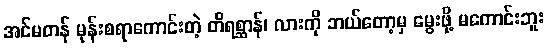
အင်မတန် မုန်းစရာကောင်းတဲ့ တိရစ္ဆာန်၊ လားကို ဘယ်တော့မှ မွေးဖို့ မကောင်းဘူး